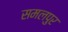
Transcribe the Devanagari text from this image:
समलपुर